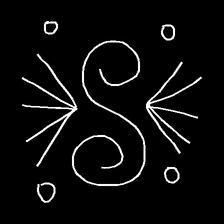
Glyph: aeroform